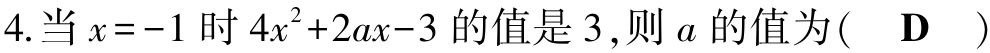
4.当\(x = -1\)时\(4x^{2}+2ax - 3\)的值是\(3\),则\(a\)的值为(  \(\mathbf{D}\)  )